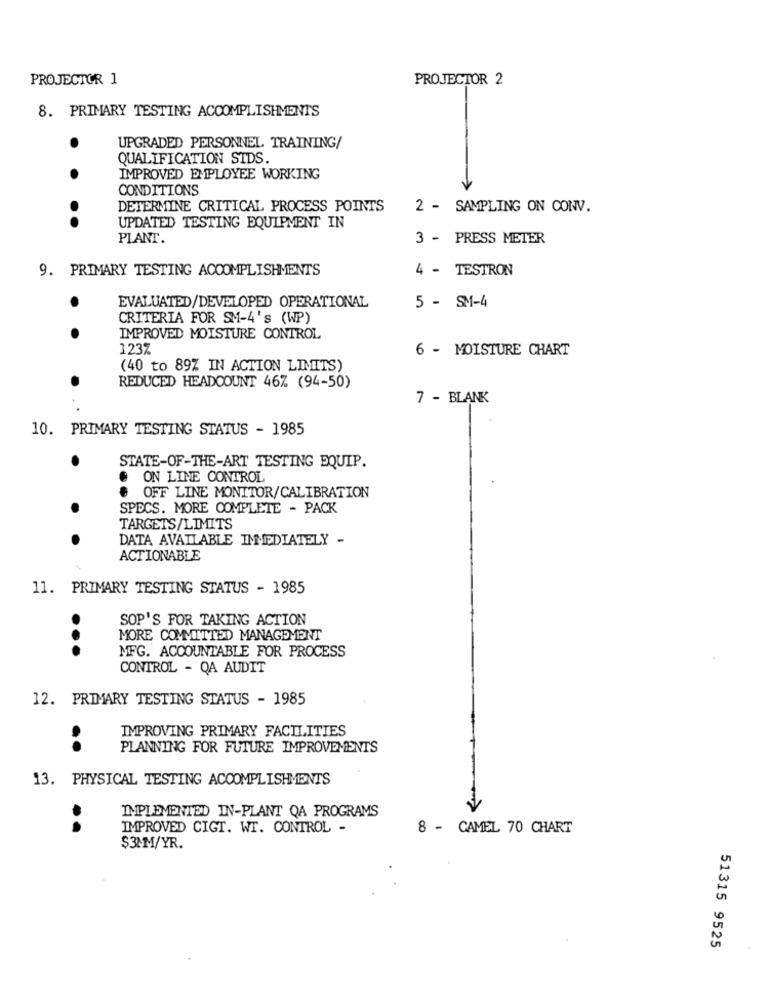
PROJECTOR 1
PROJECTOR 2
8. PRIMARY TESTING ACCOMPLISHMENTS
.
UPGRADED PERSONNEL TRAINING/
QUALIFICATION STDS.
.
IMPROVED EMPLOYEE WORKING
CONDITIONS
DETERMINE CRITICAL PROCESS POINTS
2 - SAMPLING ON CONV.
..
UPDATED TESTING EQUIPMENT IN
PLANT.
3 - PRESS METER
9. PRIMARY TESTING ACCOMPLISHMENTS
4 - TESTRON
.
EVALUATED/DEVELOPED OPERATIONAL
5 - SM-4
CRITERIA FOR SM-4's (WP)
IMPROVED MOISTURE CONTROL
1237
6 - MOISTURE CHART
(40 to 89% IN ACTION LIMITS)
REDUCED HEADCOUNT 46% (94-50)
7 - BLANK
10. PRIMARY TESTING STATUS - 1985
STATE-OF-THE-ART TESTING EQUIP.
ON LINE CONTROL
OFF LINE MONITOR/CALIBRATION
SPECS. MORE COMPLETE - PACK
TARGETS/LIMITS
DATA AVAILABLE IMMEDIATELY -
ACTIONABLE
11. PRIMARY TESTING STATUS - 1985
SOP'S FOR TAKING ACTION
MORE COMMITTED MANAGEMENT
...
MFG. ACCOUNTABLE FOR PROCESS
CONTROL - QA AUDIT
12. PRIMARY TESTING STATUS - 1985
IMPROVING PRIMARY FACILITIES
..
PLANNING FOR FUTURE IMPROVEMENTS
13. PHYSICAL TESTING ACCOMPLISHMENTS
IMPLEMENTED IN-PLANT QA PROGRAMS
IMPROVED CIGT. WT. CONTROL -
8 - CAMEL 70 CHART
$3MM/YR.
51315 9525